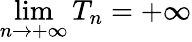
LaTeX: \operatorname*{lim}_{n\to+\infty}T_{n}=+\infty